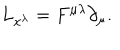
L _ { x ^ { \lambda } } = F ^ { \mu \lambda } \partial _ { \mu } .